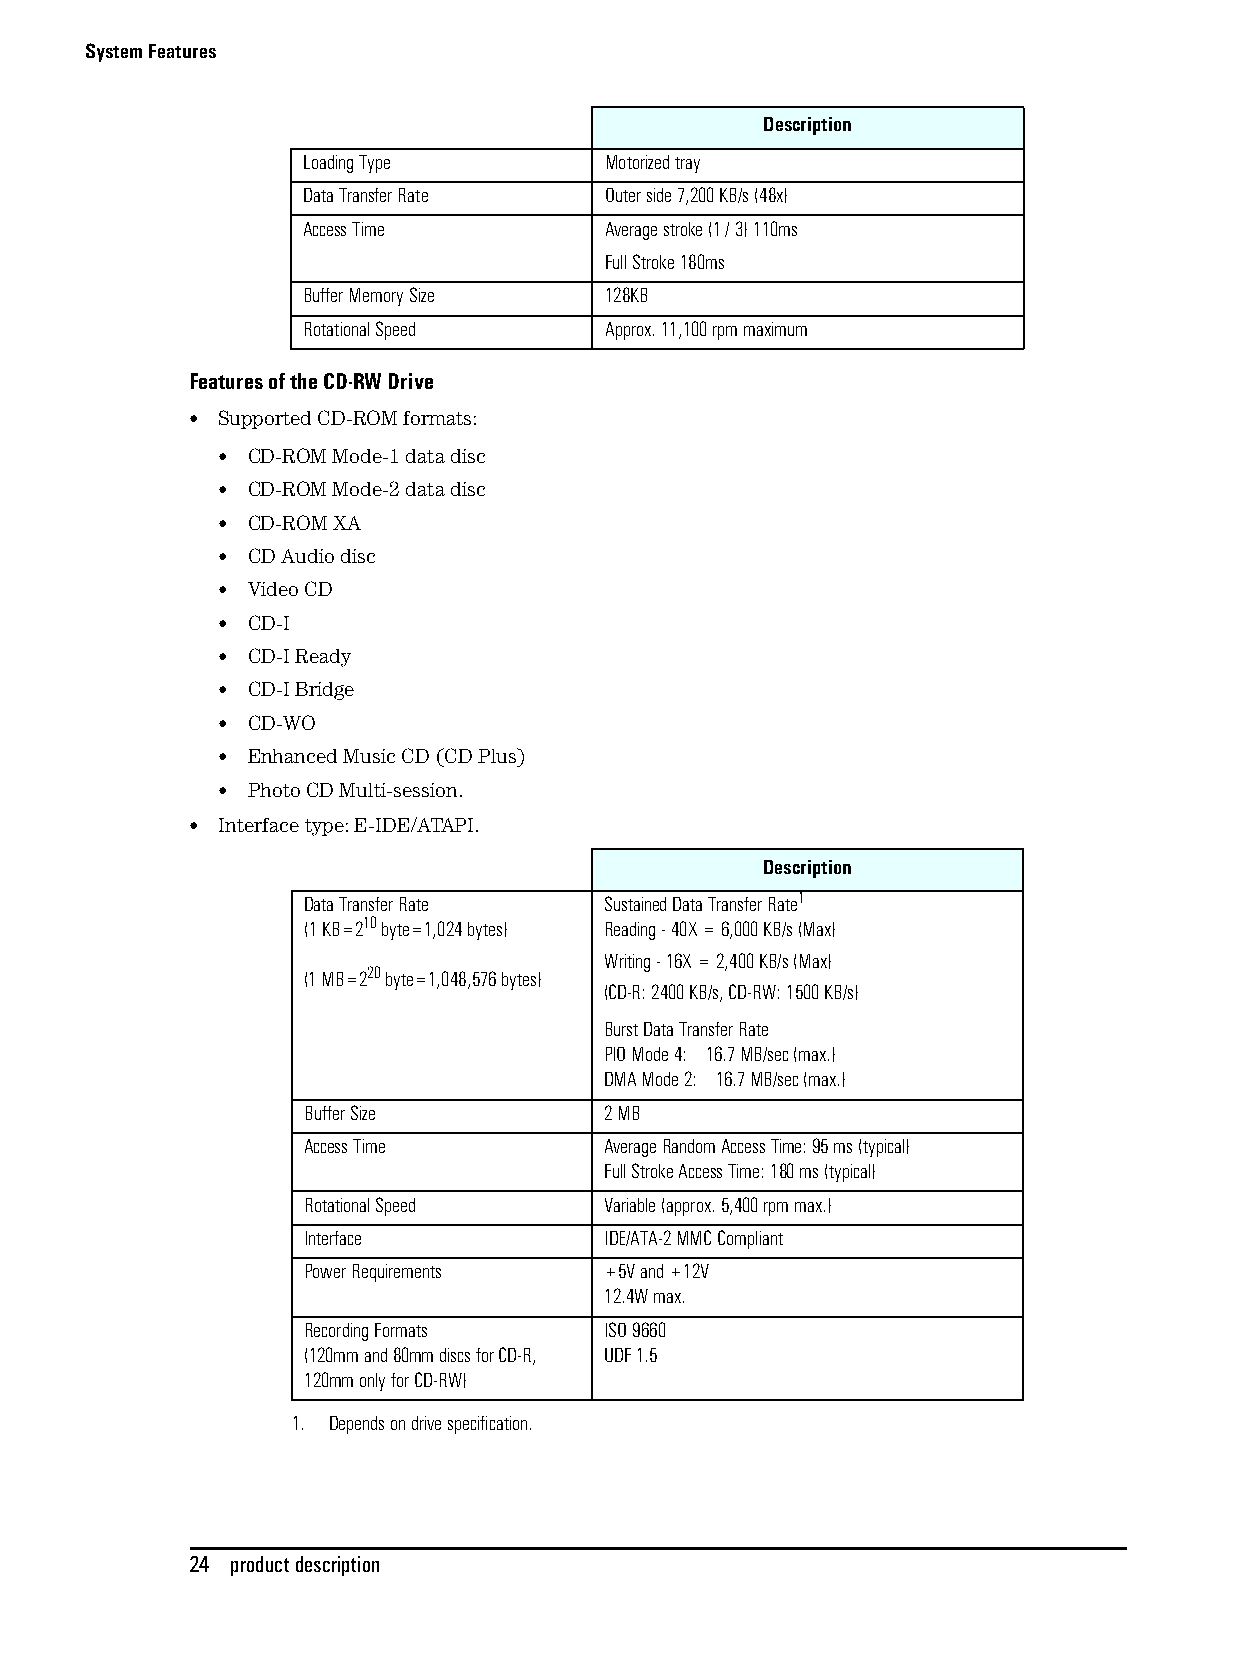
System Features
 Description
 Loading Type        Motorized tray
 Data Transfer Rate  Outer side 7,200 KB/s (48x)
 Access Time         Average stroke (1 / 3) 110ms
 Full Stroke 180ms
 Buffer Memory Size  128KB
 Rotational Speed    Approx. 11,100 rpm maximum
 Features of the CD-RW Drive
 • Supported CD-ROM formats:
 • CD-ROM Mode-1 data disc
 • CD-ROM Mode-2 data disc
 • CD-ROM XA
 • CD Audio disc
 • Video CD
 • CD-I
 • CD-I Ready
 • CD-I Bridge
 • CD-WO
 • Enhanced Music CD (CD Plus)
 • Photo CD Multi-session.
 • Interface type: E-IDE/ATAPI.
 Description
 Data Transfer Rate  Sustained Data Transfer Rate1
 (1 KB=210 byte=1,024 bytes) Reading - 40X = 6,000 KB/s (Max)
 Writing - 16X = 2,400 KB/s (Max)
 (1 MB=220 byte=1,048,576 bytes)
 (CD-R: 2400 KB/s, CD-RW: 1500 KB/s)
 Burst Data Transfer Rate
 PIO Mode 4: 16.7 MB/sec (max.)
 DMA Mode 2: 16.7 MB/sec (max.)
 Buffer Size         2 MB
 Access Time         Average Random Access Time: 95 ms (typical)
 Full Stroke Access Time: 180 ms (typical)
 Rotational Speed    Variable (approx. 5,400 rpm max.)
 Interface           IDE/ATA-2 MMC Compliant
 Power Requirements  +5V and +12V
 12.4W max.
 Recording Formats   ISO 9660
 (120mm and 80mm discs for CD-R, UDF 1.5
 120mm only for CD-RW)
 1. Depends on drive specification.
 24 product description